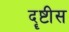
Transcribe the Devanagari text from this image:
दॄष्टीस